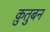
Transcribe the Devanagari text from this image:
क़ुतुबन